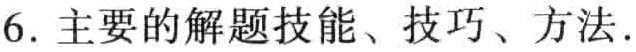
6. 主要的解题技能、技巧、方法.